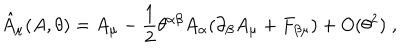
\hat { A } _ { \mu } ( A , \theta ) = A _ { \mu } - \frac { 1 } { 2 } \theta ^ { \alpha \beta } A _ { \alpha } ( \partial _ { \beta } A _ { \mu } + F _ { \beta \mu } ) + O ( \theta ^ { 2 } ) \; ,